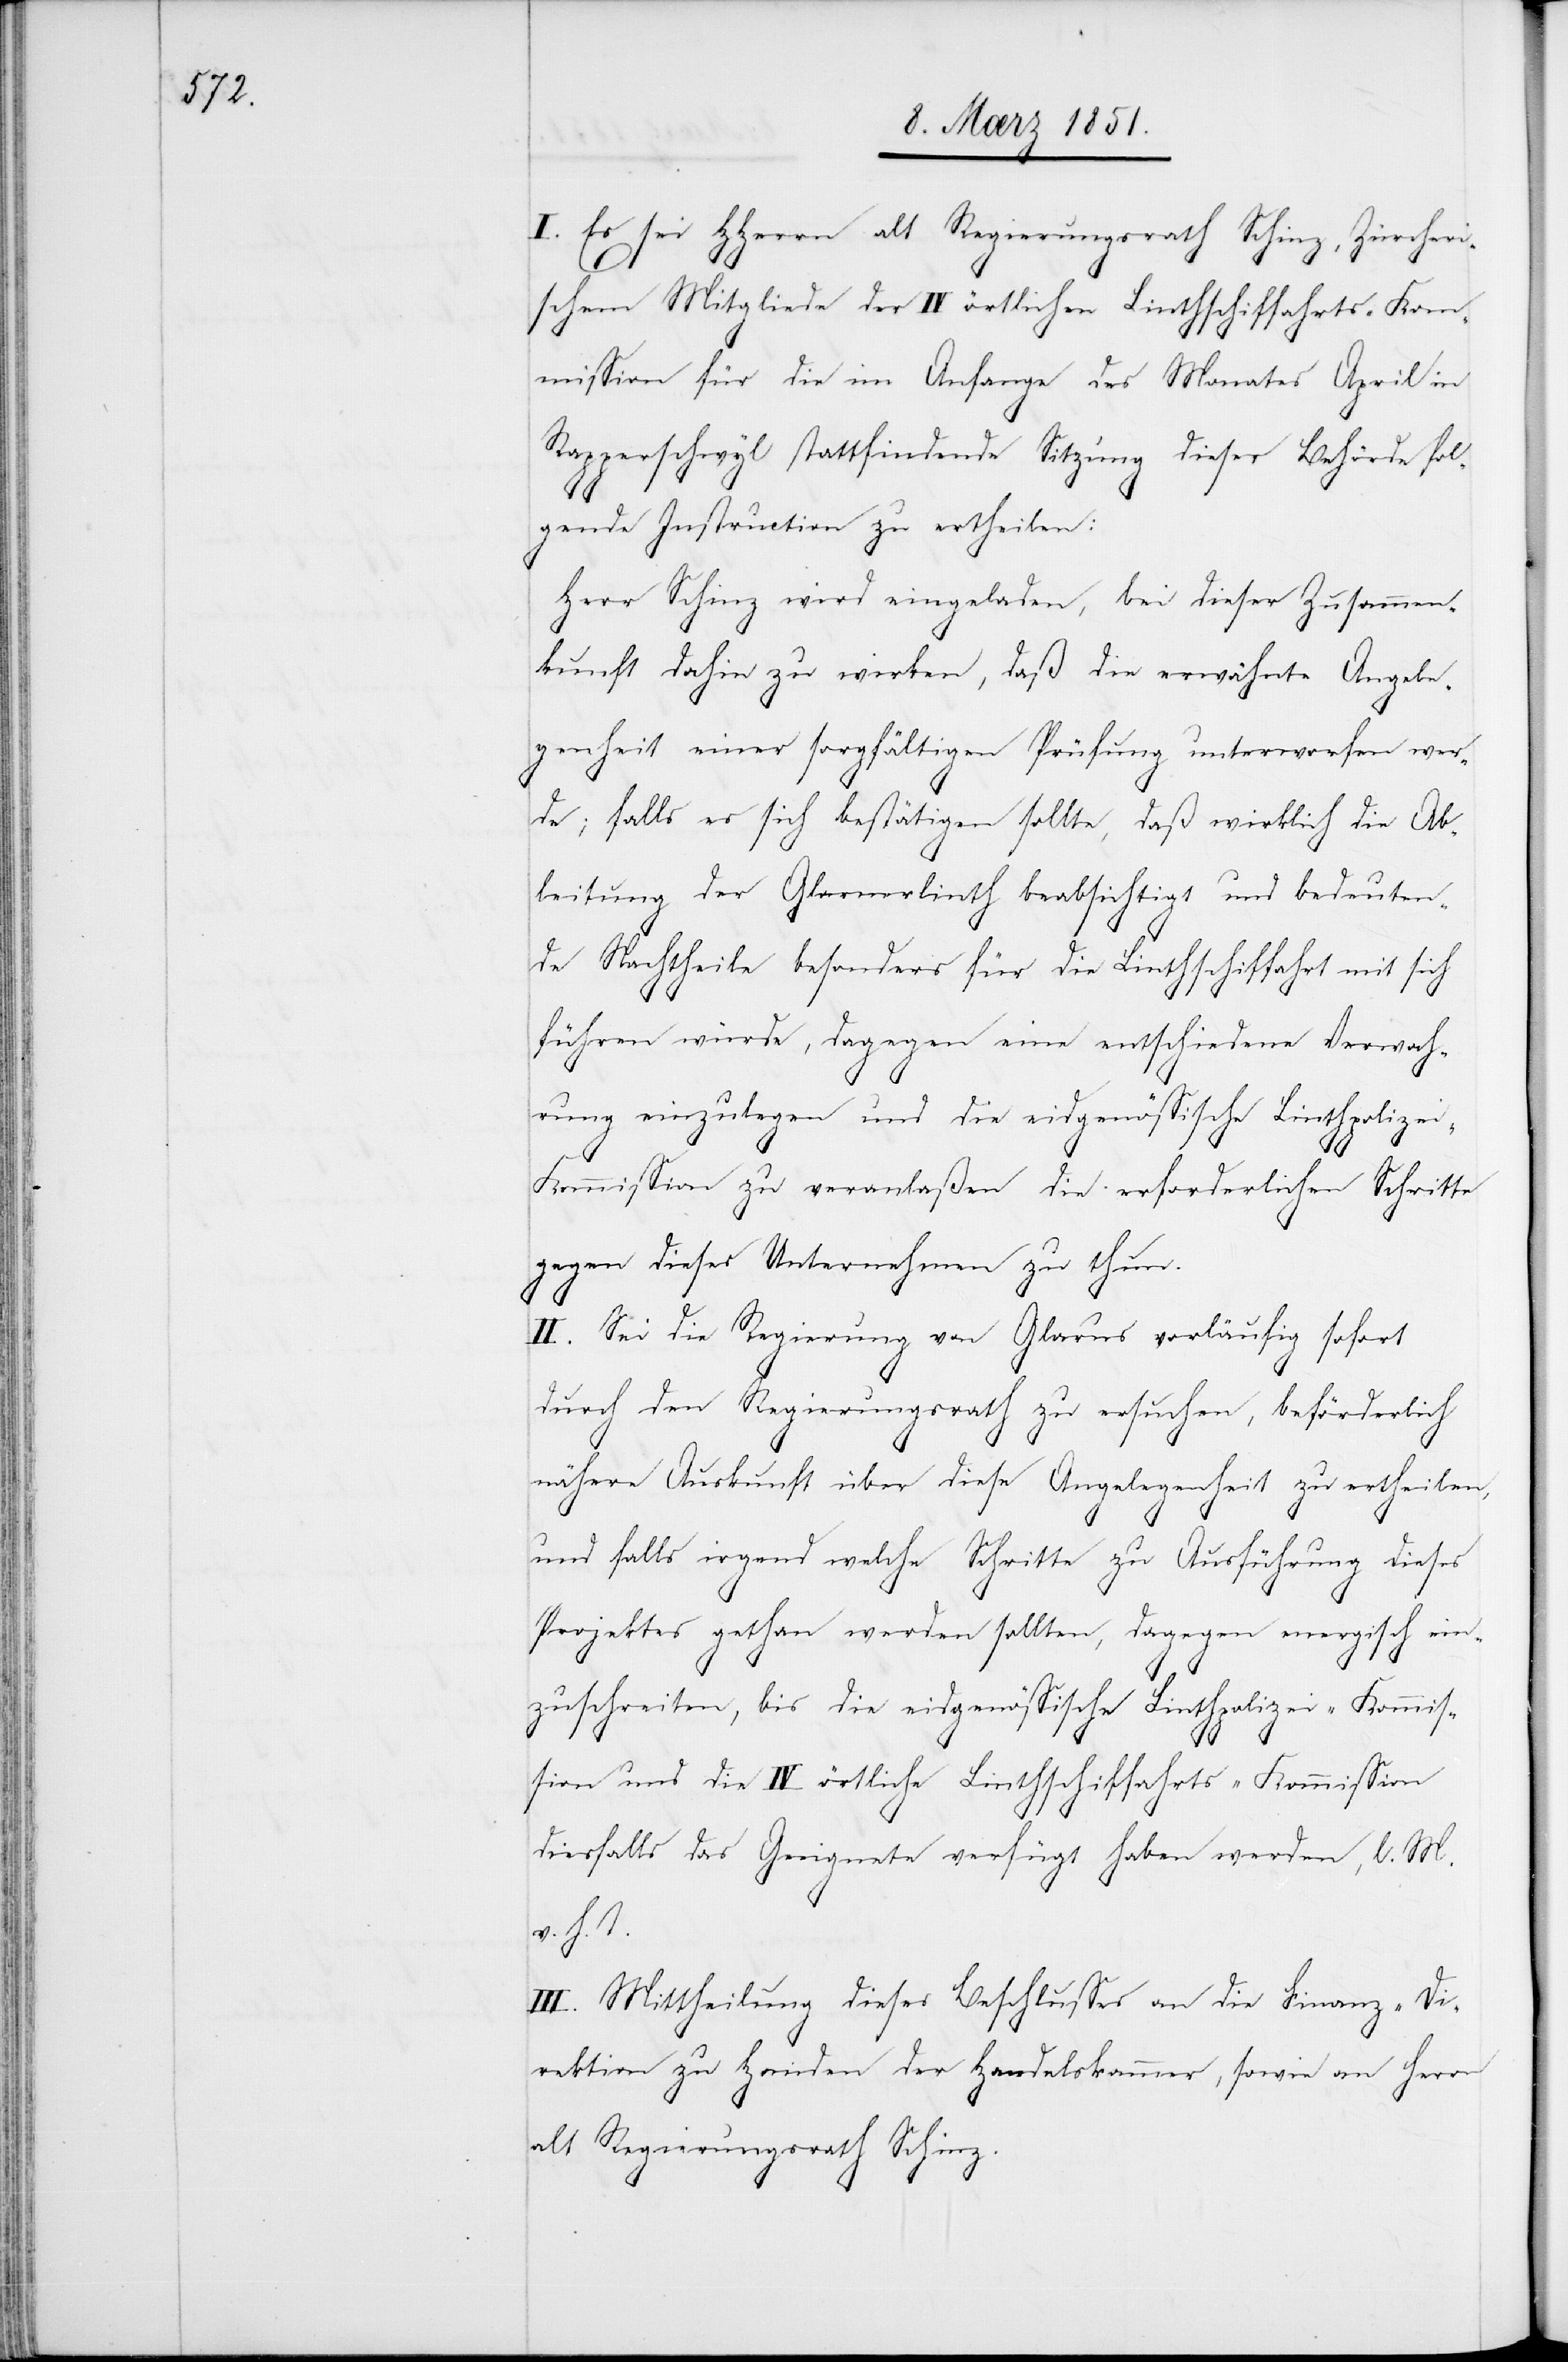
I. Es sei HHerrn alt Regierungsrath Schinz, Zürcheri¬
schem Mitgliede der IV örtlichen Linthschiffahrts-Kom¬
mission für die im Anfange des Monates April in
Rapperschwyl stattfindende Sitzung dieser Behörde fol¬
gende Instruction zu ertheilen:
Herr Schinz wird eingeladen, bei dieser Zusammen¬
kunft dahin zu wirken, daß die erwähnte Angele¬
genheit einer sorgfältigen Prüfung unterworfen wer¬
de; falls es sich bestätigen sollte, daß wirklich die Ab¬
leitung der Glarnerlinth beabsichtigt und bedeuten¬
de Nachtheile besonders für die Linthschiffahrt mit sich
führen würde, dagegen eine entschiedene Verwah¬
rung einzulegen und die eidgenössische Linthpolize¬
i-Kommission zu veranlaßen die erforderlichen Schritte
gegen dieses Unternehmen zu thun.
II. Sei die Regierung von Glarus vorläufig sofort
durch den Regierungsrath zu ersuchen, beförderlich
nähere Auskunft über diese Angelegenheit zu ertheilen,
und falls irgend welche Schritte zu Ausführung dieses
Projektes gethan werden sollten, dagegen energisch ein¬
zuschreiten, bis die eidgenössische Linthpolizei-Kommis¬
sion und die IV örtliche Linthschiffahrts-Kommission
diesfalls das Geeignete verfügt haben werden, l. M.
v. h. T.
III. Mittheilung dieses Beschlusses an die Finanz-Di¬
rektion zu Handen der Handelskammer, sowie an Herrn
alt Regierungsrath Schinz.